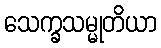
သေက္ခသမ္မုတိယာ